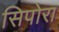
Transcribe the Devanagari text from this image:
सिपोरा